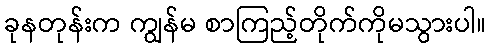
ခုနတုန်းက ကျွန်မ စာကြည့်တိုက်ကိုမသွားပါ။